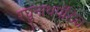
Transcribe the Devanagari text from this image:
रघुनाथपंडित